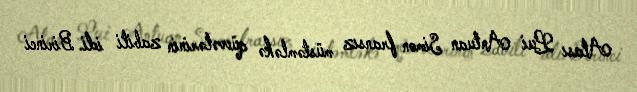
Atası Lui Antuan Simon fransız müstəmləkə qüvvələrinin zabiti idi. Birinci